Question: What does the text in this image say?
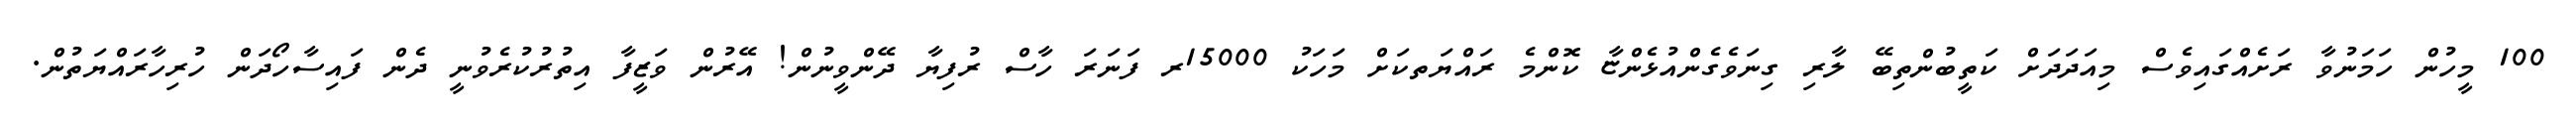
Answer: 100 މީހުން ހަމަނުވާ ރަށެއްގައިވެސް މިއަދަދަށް ކަތީބުންތިބޭ ލާރި ގިނަވެގެންއުޅެންޏާ ކޮންމެ ރައްޔަތކަށް މަހަކު 15000ރ ފަނަރަ ހާސް ރުފިޔާ ދޭންވީނުން! އޭރުން ވަޒީފާ އިތުރުކުރެވުނީ ދެން ފައިސާހޯދަން ހުރިހާރައްޔަތުން.